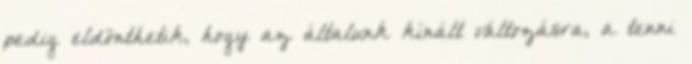
pedig eldönthetik, hogy az általunk kínált változásra, a tenni